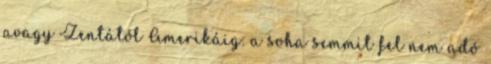
avagy Zentától Amerikáig: a soha semmit fel nem adó